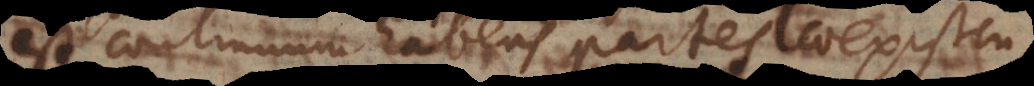
est continuum habens partes coexisten